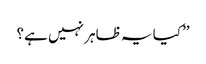
’’کیا یہ ظاہر نہیں ہے؟